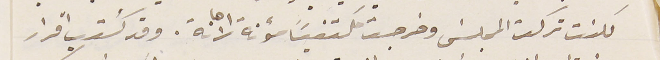
لكنت تركت المجلسَ وخرجت مكتفيًا سؤ نة الاهانة. وقد كُتب اقرار